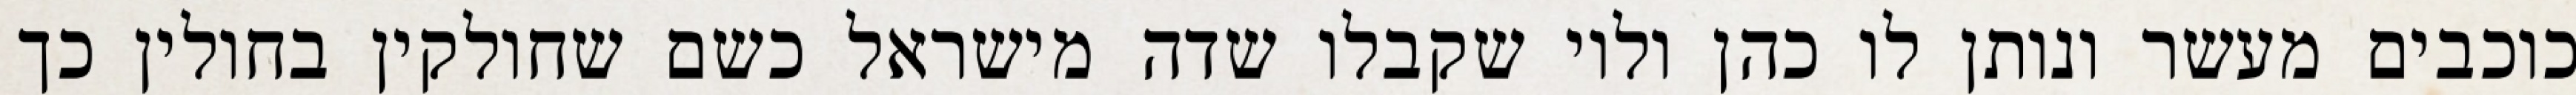
כוכבים מעשר ונותן לו כהן ולוי שקבלו שדה מישראל כשם שחולקין בחולין כך